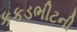
કકડભીટની